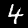
Digit: 4